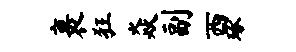
裹狂焱副西琢